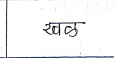
मजकूर: खळ